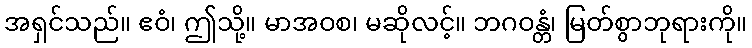
အရှင်သည်။ ဧဝံ၊ ဤသို့။ မာအဝစ၊ မဆိုလင့်။ ဘဂဝန္တံ၊ မြတ်စွာဘုရားကို။